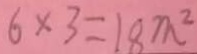
6 \times 3 = 1 8 m ^ { 2 }